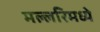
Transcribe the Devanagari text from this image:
मल्लरिमध्ये